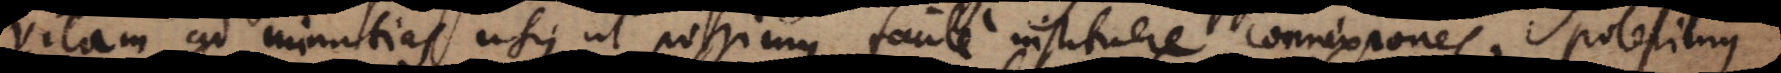
vitam, ad minutias usque ut possimus facile instituere connexiones. Poterimus